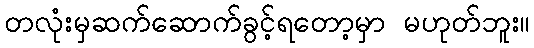
တလုံးမှဆက်ဆောက်ခွင့်ရတော့မှာ မဟုတ်ဘူး။